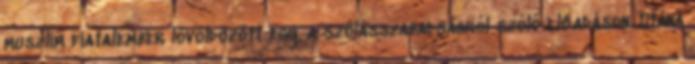
muszlim fiatalember lövöldözött egy, a szólásszabadságról szóló előadáson. Utána